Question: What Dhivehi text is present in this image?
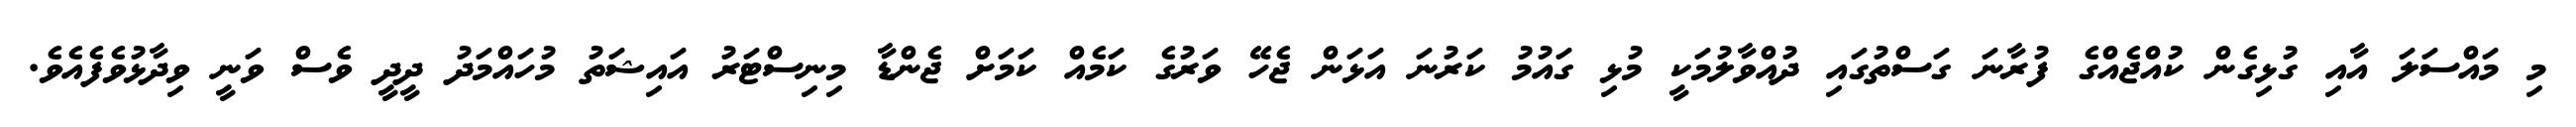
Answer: މި މައްސަލަ އާއި ގުޅިގެން ކުއްޖެއްގެ ފުރާނަ ގަސްތުގައި ދުއްވާލުމަކީ މުޅި ގައުމު ކަރުނަ އަޅަން ޖެހޭ ވަރުގެ ކަމެއް ކަމަށް ޖެންޑާ މިނިސްޓަރު އައިޝަތު މުހައްމަދު ދީދީ ވެސް ވަނީ ވިދާޅުވެފެއެވެ.